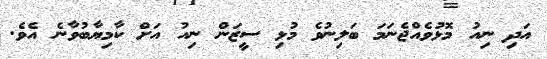
އަދި ނިއު މޮޅުވެއްޖެނަމަ ބަލިނުވެ މުޅި ސީޒަން ނިއު އަށް ކާމިޔާބުވާނެ އެވެ.